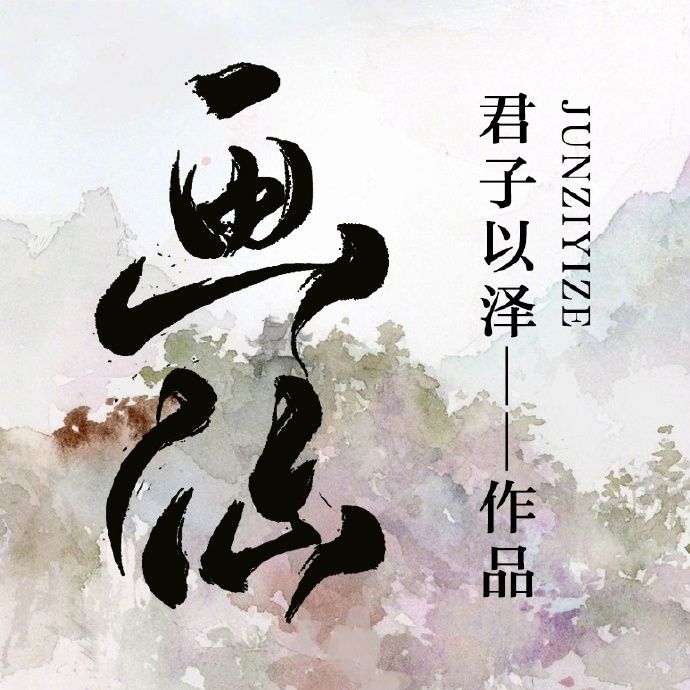
仁者爱人，有礼者敬人。爱人者人恒爱之，敬人者人恒敬之。